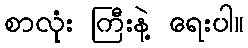
စာလုံး ကြီးနဲ့ ရေးပါ။